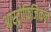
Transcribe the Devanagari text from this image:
आस्ट्रोफिजिकल